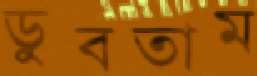
ডুবতাম